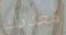
معدتك